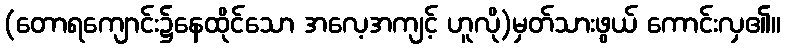
(တောရကျောင်း၌နေထိုင်သော အလေ့အကျင့် ဟူလို)မှတ်သားဖွယ် ကောင်းလှ၏။